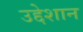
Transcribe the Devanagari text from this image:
उद्देशान